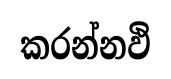
කරන්නඵි